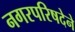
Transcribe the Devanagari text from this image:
नगरपरिषदेने